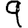
Digit: 9